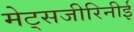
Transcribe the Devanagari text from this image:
मेट्सजीरिनीई